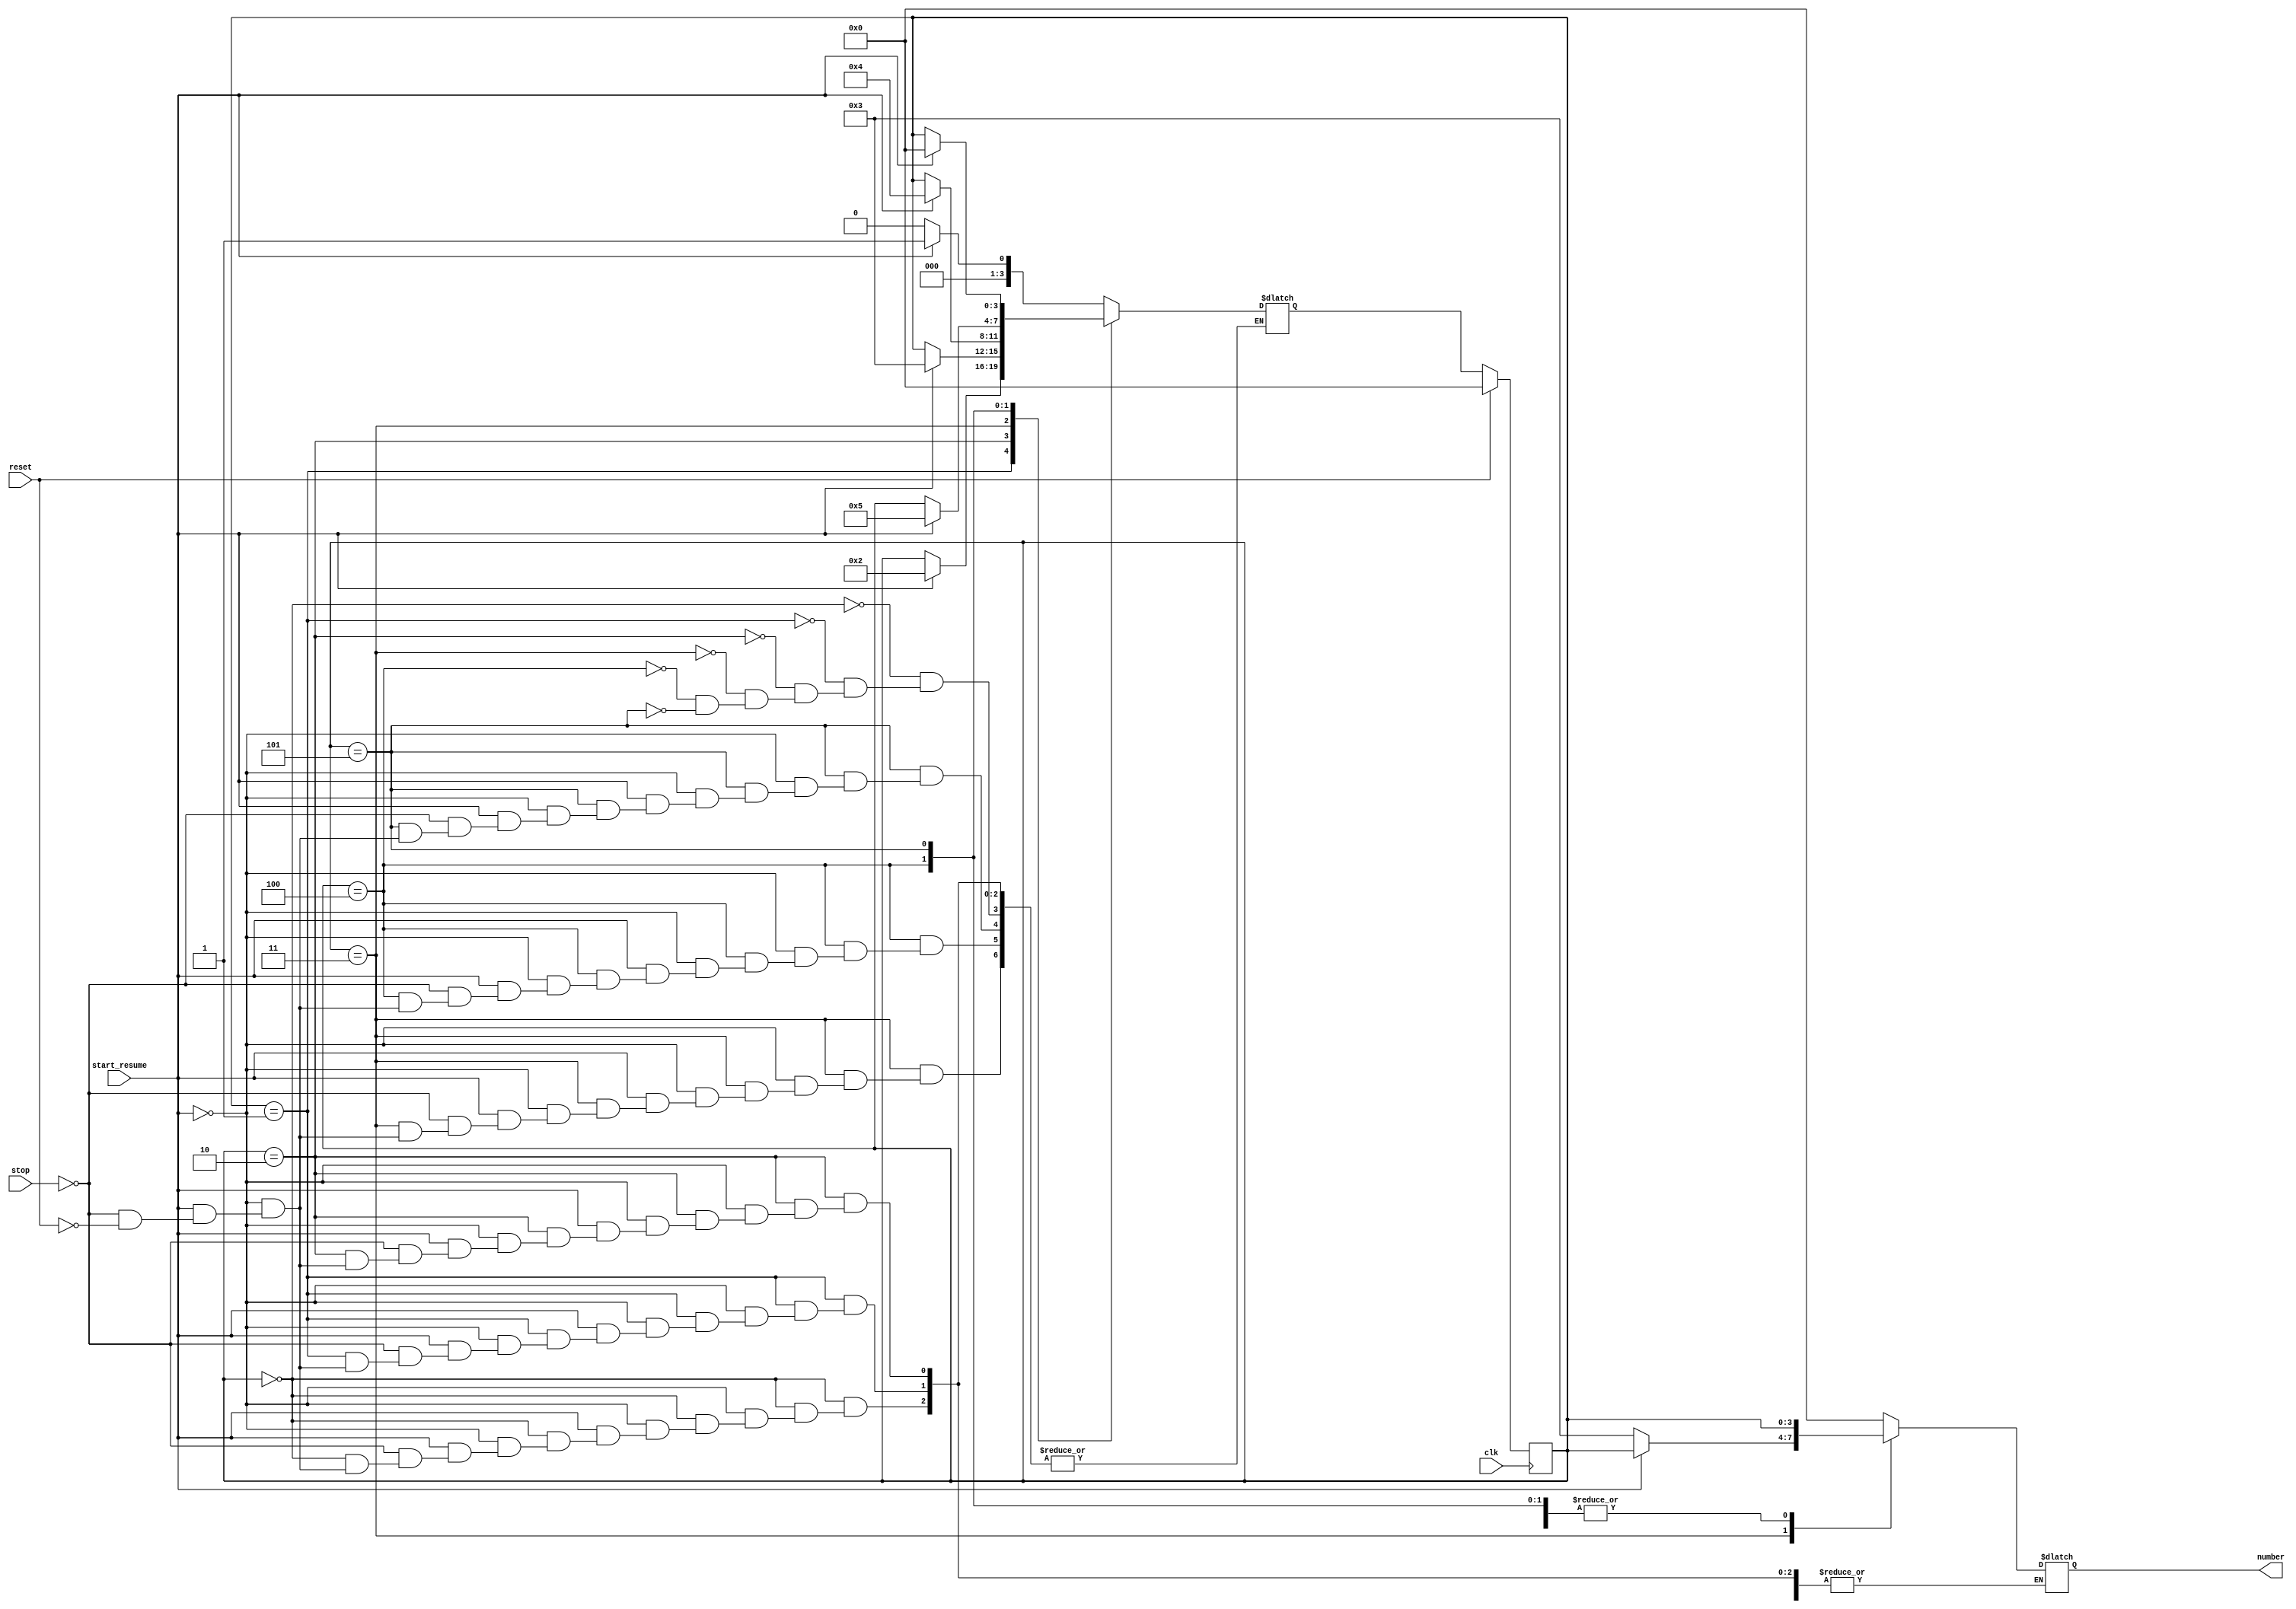
module SingleDigitWatch6(
  //output cout,
  output[3:0] number,
  input start_resume,reset, stop, clk
);

//reg cout;
reg [3:0] current, next;
reg [3:0] number;

parameter zero =4'b0000,
  one=4'b0001,
  two=4'b0010,
  three=4'b0011,
  four=4'b0100,
  five=4'b0101;

always @(current or start_resume or reset or stop) 
begin
  case (current)
    zero: if(start_resume==1) 
    begin
      next=one;
      number=current;
    end
    else if(start_resume==0)
    begin
      next=zero;
      number=current;
    end
    else if(stop==1)
    begin
      next=zero;
      number=current;
    end
    else if(reset==1)
    begin
      next=zero;
      number=4'b0000;
    end

    one: if(start_resume == 1)
    begin
      next = two;
      number = current;
    end
    else if(start_resume==0)
    begin
      next=current;
      number=current;
    end
    else if(stop==1)
    begin
      next=zero;
      number=current;
    end
    else if(reset==1) 
    begin
      next=zero;
      number=4'b0000;
    end

    two: if(start_resume==1)
    begin
      next=three;
      number=current;
    end
    else if(start_resume==0)
    begin
      next=current;
      number=current;
    end
    else if(stop==1)
    begin
      next=current;
      number=current;
    end
    else if(reset==1)
    begin
      next=zero;
      number=4'b0000;
    end

    three: if(start_resume==1)
    begin
      next=four;
      number=current;
    end
    else if(start_resume==0)
    begin
      next=current;
      number=4'b011;
    end
    else if(stop==1)
    begin
      next=current;
      number=current;
    end
    else if(reset==1)
    begin
      next=zero;
      number=current;
    end

    four: if(start_resume==1)
    begin
      next=five;
      number=current;
    end
    else if(start_resume==0)
    begin
      next=current;
      number=current;
    end
    else if(stop==1)
    begin
      next=current;
      number=current;
    end
    else if(reset==1)
    begin
      next=zero;
      number=current;
    end

    five: if(start_resume==1)
    begin
      next=zero;
      number=current;
      //cout = 1;
    end
    else if(start_resume==0)
    begin
      next=current;
      number=current;
    end
    else if(stop==1)
    begin
      next=current;
      number=current;
    end
    else if(reset==1)
    begin
      next=zero;
      number=current;
    end

    default: number = 4'b0000;
  endcase
end

always @(posedge clk)
begin
  begin
    if(reset==1)
      current <= zero;
    else
      current <= next;
  end
end
endmodule